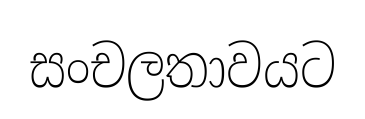
සංචලතාවයට